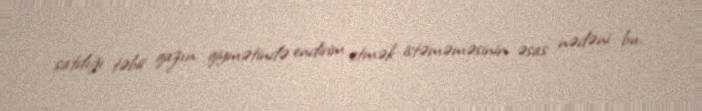
satdığı təbii qazın qiymətində endirim etmək istəməməsinin əsas nədəni bu.